Voisiku_vallavalitsus, lk 123
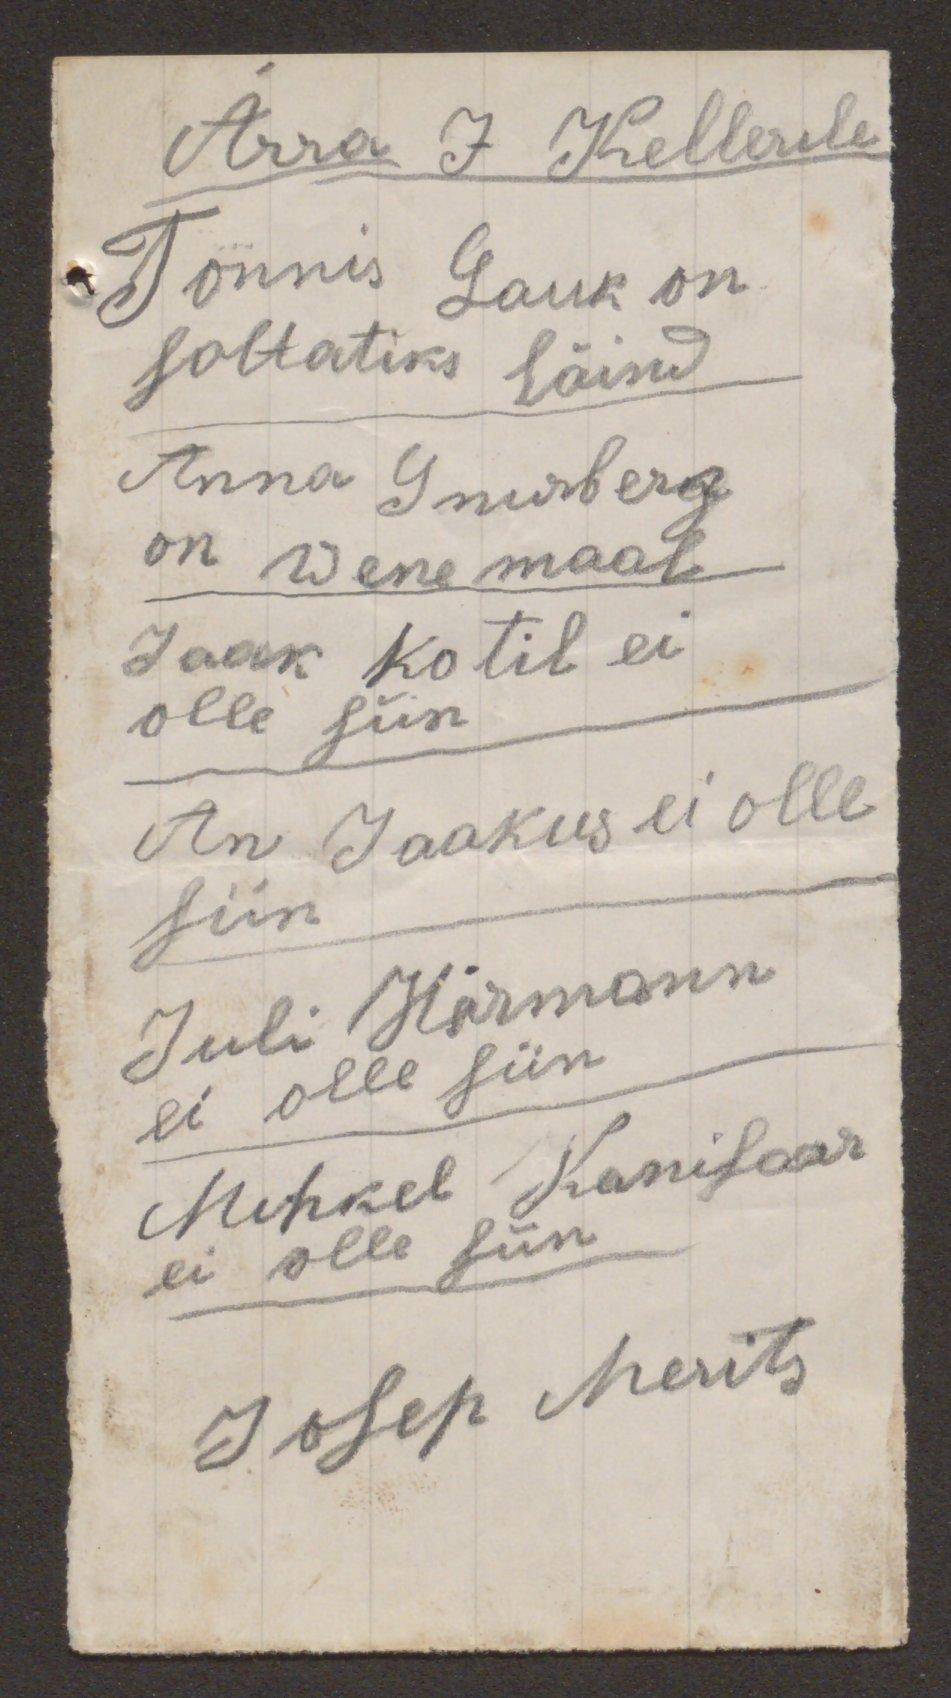
Ärra J Kellerile
Tõnnis Lauk on.
soltatiks läind
Anna Sumberg
on wene maal
Jaak Kotil ei
olle siin.
An Jaakus ei olle
siin
Juli Härmann
ei olle siin
Mihkel Kanisaar
ei olle siin.
Josep Merits